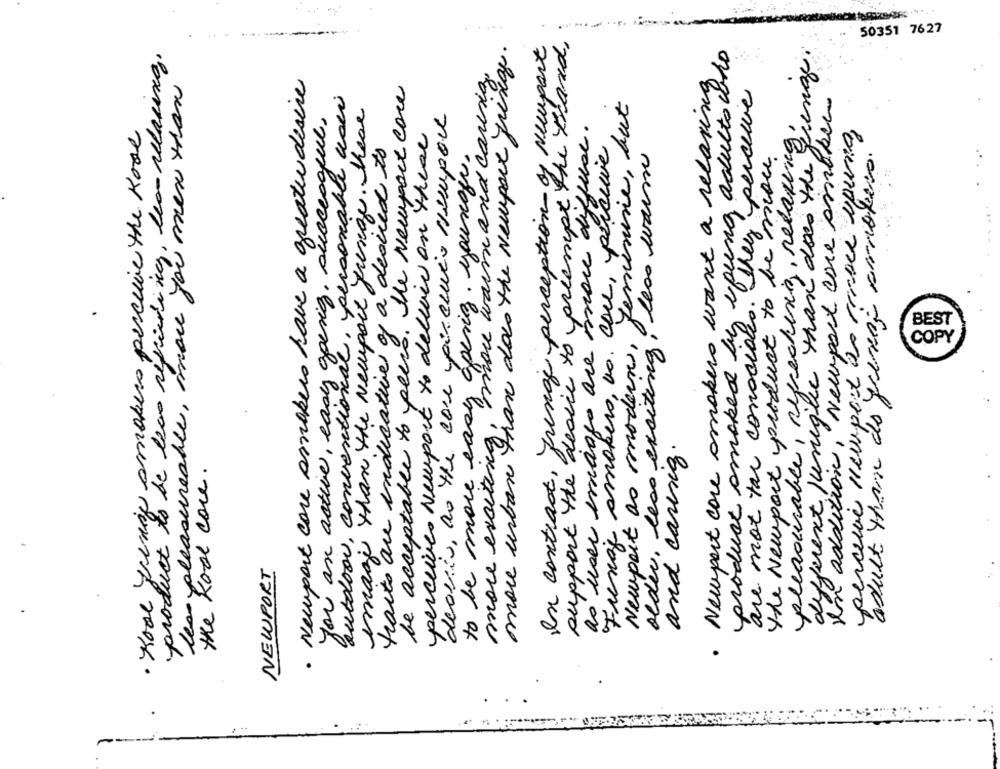
50351 7627
support the dessie to preempt the brand,
product to be las refining, les relaxing.
more urban than does the Newport fringe.
In contract, fringe perception of Neupart
spung adulto coro
pleasurable, rejecting, Revet gjenge.
to be more enproye warm and caring.
les pleasureable, or you men than
· Newport core arnokers have a greatu desire
· Newport core smokers want a relaxing
be acceptable to perso. The Newport care
y perceive
outdoor, conventional, personable vani
feminine, but
In addition, Newport ene smoker
image than the Newport Junge. hese
dearis, do the con pincurio Nouspou
you an active, easy going. successful,
· Kool wenig smokers perceive the Kool
as user emango are more diffuse.
percebi nempor as croce apura,
perceives Newport to deliver on these
Fung smokers, no. com, perceive
of a desired to
older, less exciting, less warm
the Newport product to be more
different juniglee than does the
adult thom do yevas amnokers.
y goesiz. youxauu.
product smoked by They
are mot tar conocidas.
Newport as modern, f
traits are indicative of
BEST
COPY
more exciting;
and caring.
the Rool core.
NEWPORT
.
-
-
.